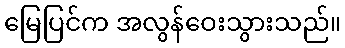
မြေပြင်က အလွန်ဝေးသွားသည်။